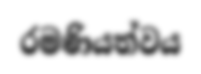
රමණියත්වය